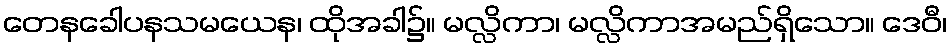
တေနခေါပနသမယေန၊ ထိုအခါ၌။ မလ္လိကာ၊ မလ္လိကာအမည်ရှိသော။ ဒေဝီ၊